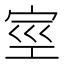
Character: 𰌿